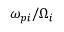
\omega _ { p i } / \Omega _ { i }